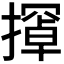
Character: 𫾇